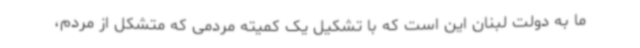
ما به دولت لبنان این است که با تشکیل یک کمیته مردمی که متشکل از مردم،